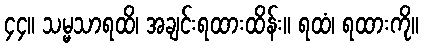
၄၄။ သမ္မသာရထိ၊ အချင်းရထားထိန်း။ ရထံ၊ ရထားကို။